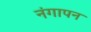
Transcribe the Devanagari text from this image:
नंगापन